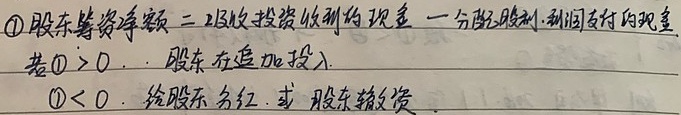
股东筹资净额 = 吸收投资收到的现金 - 分配股利、利润支付的现金
若股东筹资净额$> 0$，股东在追加投入。
若股东筹资净额$< 0$，给股东分红，或股东撤资。